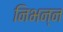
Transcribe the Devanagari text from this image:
निभन्न